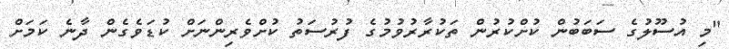
"މި އުސޫލުގެ ސަބަބުން ކުށްކުރުން ތަކުރާރުވުމުގެ ފުރުސަތު ކުށްވެރިންނަށް ކުޑަވެގެން ދާނެ ކަމަށް